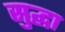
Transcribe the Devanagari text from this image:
सुद्घा